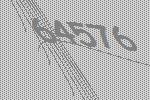
64576